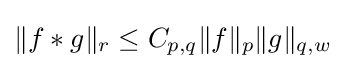
\|f*g\|_{r}\leq C_{p,q}\|f\|_{p}\|g\|_{q,w}